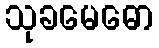
သုခမေဓော